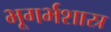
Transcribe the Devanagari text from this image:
भूगर्भशास्र